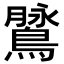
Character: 䳮